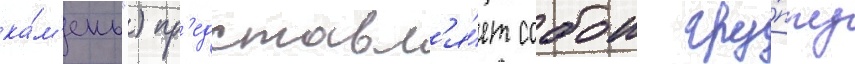
ка́м'ень") пр'едставл'я́ет собои гру́ппу